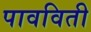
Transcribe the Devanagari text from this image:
पावविती